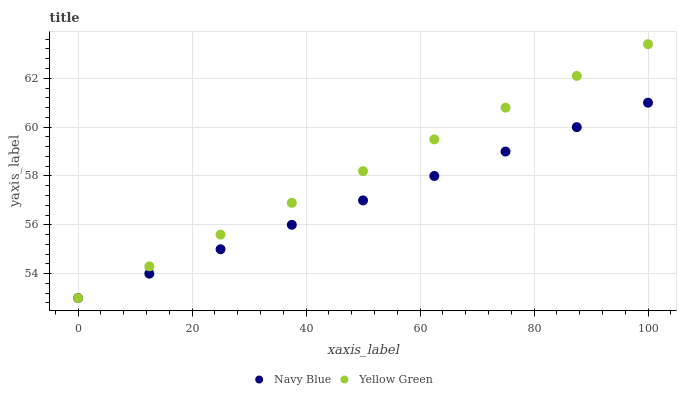
| xaxis_label | Navy Blue | Yellow Green |
 | --- | --- | --- |
 | 0 | 53 | 53 |
 | 12.5 | 54 | 54.3 |
 | 25 | 55 | 55.6 |
 | 37.5 | 56 | 56.9 |
 | 50 | 57 | 58.2 |
 | 62.5 | 58 | 59.5 |
 | 75 | 59 | 60.8 |
 | 87.5 | 60 | 62.1 |
 | 100 | 61 | 63.4 |